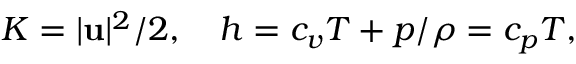
K = | \mathbf u | ^ { 2 } / 2 , \quad h = c _ { v } T + p / \rho = c _ { p } T ,